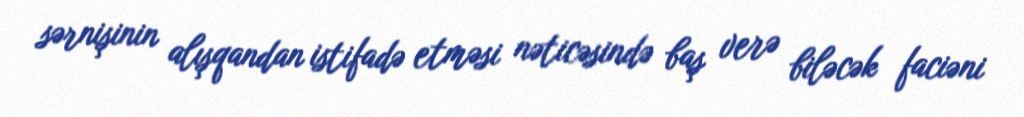
sərnişinin alışqandan istifadə etməsi nəticəsində baş verə biləcək faciəni